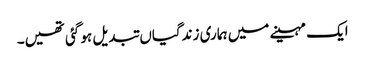
ایک مہینے میں ہماری زندگیاں تبدیل ہو گئی تھیں۔